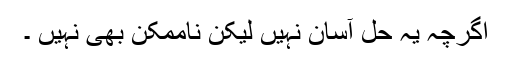
اگرچہ یہ حل آسان نہیں لیکن ناممکن بھی نہیں ۔